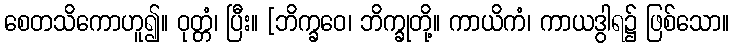
စေတသိကောဟူ၍။ ဝုတ္တံ၊ ပြီး။ [ဘိက္ခဝေ၊ ဘိက္ခုတို့။ ကာယိကံ၊ ကာယဒွါရ၌ ဖြစ်သော။